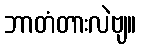
ဘာတံတားလဲဗျ။